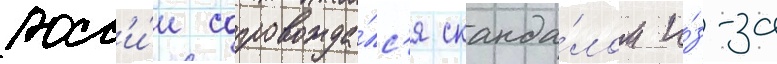
росс'и́и сопровожда́лс'я сканда́лом и́з-за